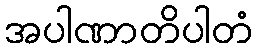
အပါဏာတိပါတံ